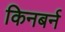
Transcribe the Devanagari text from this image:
किनबर्न